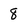
Character: 8